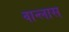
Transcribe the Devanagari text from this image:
वान्लास